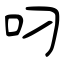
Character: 叼